Sanitation, dispensaries and jails vaccination Rajputana 1922-1927 - 1922-1927
Year: 1922
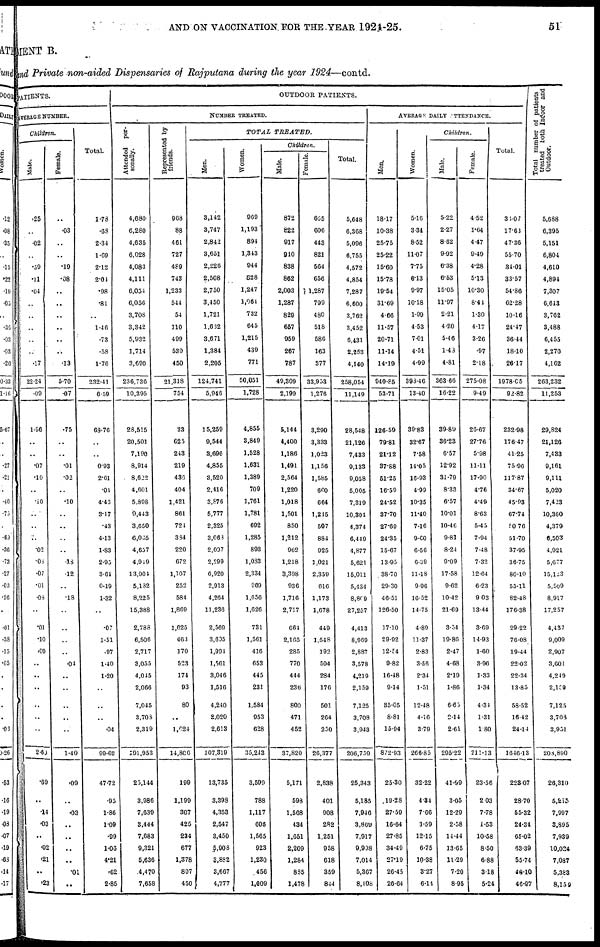
AND ON VACCINATION FOR THE YEAR 1924-25.
51
MENT B.
and Private non-aided Dispensaries of Rajputana during the year 1924—contd.
PATIENTS.
AVERAGE NUMBER.
Children.
Male.
.25
..
.02
..
.50
.11
.04
..
..
..
..
..
.17
22.24
.09
1.96
..
..
.07
.10
..
.10
..
..
..
.02
.08
.07
.01
.08
..
.01
.10
.09
..
..
..
..
..
..
2.69
.69
..
.14
.03
..
.02
.21
..
.23
Female.
..
.03
..
..
.19
.08
..
..
..
..
..
..
.13
5.70
.07
.75
..
..
.01
.02
..
.10
..
..
..
..
.18
.12
..
.18
..
..
..
..
.04
..
..
..
..
..
1.40
.09
..
.03
..
..
..
..
.01
..
Total.
1.73
.68
2.34
1.69
2.12
204
.98
.81
..
1.46
.73
.58
1.70
232.41
6.59
68.76
..
..
0.93
2.01
.04
4.43
3.17
.43
4.13
1.83
2.95
3.61
0.19
1.32
..
.07
1.51
.97
1.40
1.20
..
..
..
.04
99.62
47.72
.95
1.86
1.09
.99
1.03
4.21
.62
2.85
OUTDOOR PATIENTS.
NUMBER TREATED.
Attended per-
sonally.
4,680.
6,280
4,635
6,028
4,083
4,111
6,034
6,056
3,708
3,342
5,932
1,714
3,690
236,736
10,395
28,515
20,501
7,190
8,914
8,622
4,601
5,898
9,443
3,650
6,065
4,637
4,949
13,904
5,132
8,225
15,388
2,783
6,506
2,717
3,055
4,045
2,066
7,045
3,703
2,319
191,953
23,144
3,986
7,639
3,444
7,683
9,321
5,636
.4,470
7,658
Represented by
friends.
968
88
461
727
489
743
1,233
544
54
110
499
539
450
21,318
754
33
625
243
219
436
404
1,421
861
724
384
220
672
1,107
252
584
1,869
1,625
463
170
523
174
93
80
..
1,624
14,806
199
1,199
307
425
234
677
1,378
897
450
TOTAL
TREATED.
Men.
3,142
3,747
2,842
3,651
2,226
2,508
2,750
3,450
1,721
1,632
3,671
1,384
2,205
124,741
5,946
15,259
9,544
3,696
4,855
3,520
2,416
3,876
5,777
2,325
3,063
2,097
2,299
6,920
2,913
4,264
11,230
2,569
3,695
1,994
1,561
3,046
1,516
4,240
2,020
2,613
107,319
13,735
3,393
4,353
2,547
3,450
5,903
3,882
3,667
4,777
Women.
969
1,193
894
1,343
944
828
1,247
1,061
732
645
1,215
439
771
50,051
1,728
4,855
3,849
1,528
1,631
1,389
709
1,761
1,781
692
1,285
893
1,083
2,334
969
1,656
1,626
731
1,561
416
653
445
231
1,584
953
628
35,243
3,599
788
1,117
606
1,565
923
1,230
456
1,009
Children.
Male.
872
822
917
940
838
862
2,003
1,287
829
657
959
267
787
49,309
2,199
5,144
4,400
1,186
1,491
2,564
1,220
1,018
1,501
850
1,212
902
1,218
3,398
936
1,716
2,717
661
2,165
285
770
444
236
800
471
452
37,820
5,171
598
1,568
434
1,651
2,209
1,284
885
1,478
Female.
665
606
443
821
564
656
1,287
799
480
518
586
163
377
33,933
1,276
3,290
3,333
1,023
1,156
1,585
660
664
1,245
507
884
925
1,021
2,359
616
1,173
1,678
449
1,548
192
594
284
176
501
264
250
26,377
2,838
401
908
282
1,251
958
618
359
844
Total.
5,648
6,368
5,096
6,755
4,572
4,854
7,287
6,600
3,762
3,452
6,431
2,253
4,140
258,054
11,149
28,548
21,126
7,433
9,133
9,058
5,005
7,319
10,304
4,374
6,449
4,877
5,621
15,011
5,434
8,809
27,257
4,413
8,969
2,887
3,578
4,219
2,159
7,125
3,708
3,943
206,759
25,343
5,185
7,946
3,869
7,917
9,998
7,014
5,367
8,108
AVERAGE DAILY ATTENDANCE.
Men.
18.17
10.38
25.75
25.22
15.60
15.78
19.54
31.69
466
11.57
20.71
11.14
14.19
940.85
53.71
126.59
79.81
21.12
37.88
51.25
16.59
24.52
37.70
27.69
24.35
15.67
13.95
38.70
29.30
46.51
120.50
17.10
29.92
12.54
9.82
16.48
9.14
35.05
8.81
15.94
872.93
25.30
19.28
27.59
16.64
27.85
34.49
27.19
26.45
26.64
Women.
5.16
3.34
8.52
11.07
7.75
6.13
9.97
10.18
1.99
4.53
7.01
4.51
4.99
398.46
13.40
39.83
32.67
7.58
14.05
16.93
4.99
10.35
11.40
7.16
9.60
6.56
6.39
11.18
9.96
16.52
14.75
4.89
11.37
2.83
3.56
2.34
1.51
12.48
4.16
3.79
266.85
32.22
4.34
7.66
3.59
12.15
6.75
10.38
3.27
6.14
Children.
Male.
5.22
2.27
8.62
9.92
6.38
6.53
15.05
11.97
2.21
4.20
5.46
1.43
4.81
363.66
16.22
39.89
36.23
6.57
12.92
31.79
8.33
6.57
10.01
10.46
9.81
8.24
9.09
17.58
9.62
10.42
21.69
3.34
19.86
2.47
4.68
2.19
1.86
6.63
214
2.61
295.22
41.99
3.05
12.29
2.58
14.44
13.65
11.29
7.20
8.95
Female.
4.52
1.64
4.47
9.49
4.28
5.13
10.30
8.44
1.30
4.17
3.26
.97
218
275.08
9.49
26.67
27.76
5.98
11.11
17.90
4.76
4.49
8.63
5.45
7.94
7.48
7.32
12.64
6.23
9.03
13.44
3.69
14.93
1.60
3.96
1.33
1.34
4.34
1.31
1.80
211.13
23.56
203
7.78
1.53
10.58
8.50
6.88
3.18
5.24
Total.
36.07
17.61
47.36
55.70
34.01
33.57
54.86
62.28
10.16
2447
36.44
18.10
26.17
1978.05
92.82
232.98
176.47
41.25
75.96
117.87
34.67
45.93
67.74
50.76
51.70
37.95
36.75
80.10
55.11
82.48
176.38
29.22
76.08
19.44
22.02
22.34
13.85
58.52
16.42
24.14
1646.13
223.07
28.70
55.32
24.34
65.02
63.39
55.74
48.10
46.97
Total number of patients
treated both Indoor and
Outdoor.
5,688
6,395
5,151
6,804
4,610
4,894
7,307
6,643
3,762
3,488
6,455
2,270
4,162
263,232
11,253
29,824
21,126
7,433
9,161
9,111
5,020
7,423
10,360
4,379
6,503
4,921
5,677
15,123
5,509
8,917
17,257
4,437
9,009
2,907
3,601
4,249
2,159
7,125
3,708
3,951
208,890
26,310
5,215
7,997
3,895
7,939
10,024
7,087
5,383
8,159